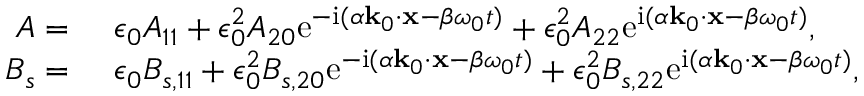
\begin{array} { r l } { A = ~ } & { { } \epsilon _ { 0 } A _ { 1 1 } + \epsilon _ { 0 } ^ { 2 } A _ { 2 0 } \mathrm { e } ^ { - \mathrm { i } ( \alpha \mathbf { k } _ { 0 } \cdot \mathbf { x } - \beta \omega _ { 0 } t ) } + \epsilon _ { 0 } ^ { 2 } A _ { 2 2 } \mathrm { e } ^ { \mathrm { i } ( \alpha \mathbf { k } _ { 0 } \cdot \mathbf { x } - \beta \omega _ { 0 } t ) } , } \\ { B _ { s } = ~ } & { { } \epsilon _ { 0 } B _ { s , 1 1 } + \epsilon _ { 0 } ^ { 2 } B _ { s , 2 0 } \mathrm { e } ^ { - \mathrm { i } ( \alpha \mathbf { k } _ { 0 } \cdot \mathbf { x } - \beta \omega _ { 0 } t ) } + \epsilon _ { 0 } ^ { 2 } B _ { s , 2 2 } \mathrm { e } ^ { \mathrm { i } ( \alpha \mathbf { k } _ { 0 } \cdot \mathbf { x } - \beta \omega _ { 0 } t ) } , } \end{array}